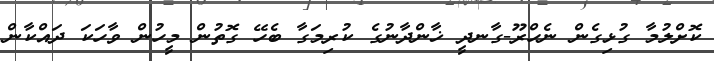
ކޮށްލުމާ ގުޅިގެން ނެހްރޫ-ގާނދީ ޚާންދާނުގެ ކުރިމަގާ ބެހޭ ގޮތުން މީހުން ވާހަކަ ދައްކާން